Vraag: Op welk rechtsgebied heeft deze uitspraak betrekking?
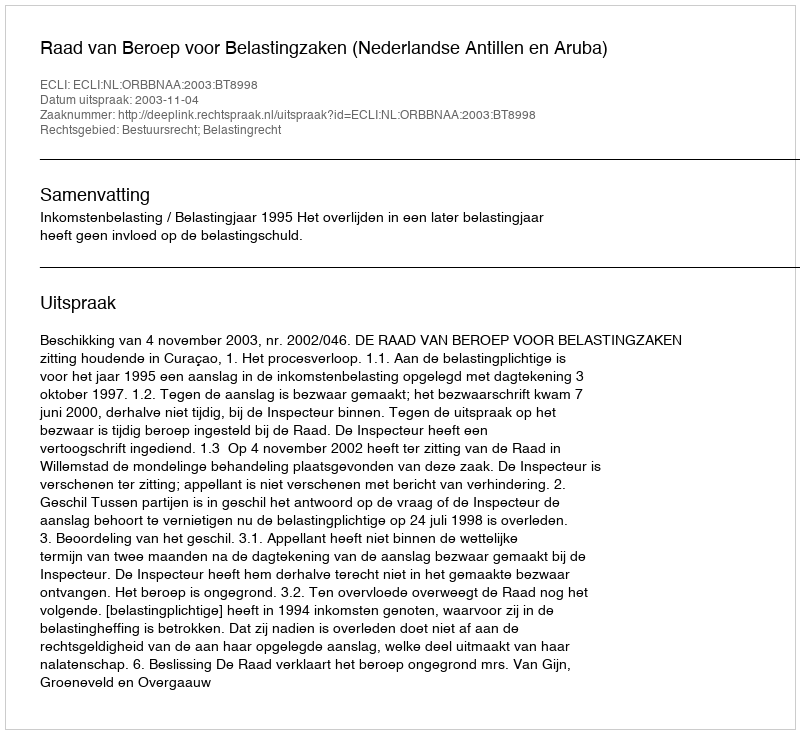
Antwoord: Bestuursrecht; Belastingrecht